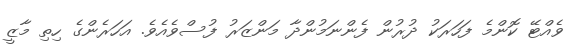
ވެއްޓޭ ކޮންމެ ފަހަރަކު ދުރުން ފެންނަމުންދާ މަންޒަރު ފުސްވެއެވެ. އަހަރެންގެ ހިތި މާޒީ